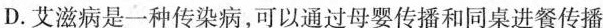
D.艾滋病是一种传染病，可以通过母婴传播和同桌进餐传播